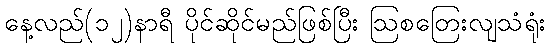
နေ့လည်(၁၂)နာရီ ပိုင်ဆိုင်မည်ဖြစ်ပြီး ဩစတြေးလျသံရုံး